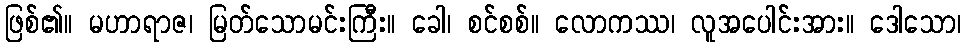
ဖြစ်၏။ မဟာရာဇ၊ မြတ်သောမင်းကြီး။ ခေါ၊ စင်စစ်။ လောကဿ၊ လူအပေါင်းအား။ ဒေါသော၊